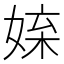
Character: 𡝥